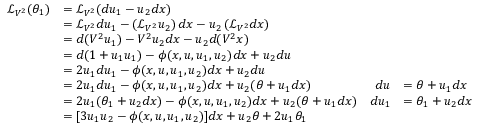
{ \begin{array} { r l r l } { { \mathcal { L } } _ { V ^ { 2 } } ( \theta _ { 1 } ) } & { = { \mathcal { L } } _ { V ^ { 2 } } ( d u _ { 1 } - u _ { 2 } d x ) } \\ & { = { \mathcal { L } } _ { V ^ { 2 } } d u _ { 1 } - \left( { \mathcal { L } } _ { V ^ { 2 } } u _ { 2 } \right) d x - u _ { 2 } \left( { \mathcal { L } } _ { V ^ { 2 } } d x \right) } \\ & { = d ( V ^ { 2 } u _ { 1 } ) - V ^ { 2 } u _ { 2 } d x - u _ { 2 } d ( V ^ { 2 } x ) } \\ & { = d ( 1 + u _ { 1 } u _ { 1 } ) - \phi ( x , u , u _ { 1 } , u _ { 2 } ) d x + u _ { 2 } d u } \\ & { = 2 u _ { 1 } d u _ { 1 } - \phi ( x , u , u _ { 1 } , u _ { 2 } ) d x + u _ { 2 } d u } \\ & { = 2 u _ { 1 } d u _ { 1 } - \phi ( x , u , u _ { 1 } , u _ { 2 } ) d x + u _ { 2 } ( \theta + u _ { 1 } d x ) } & { d u } & { = \theta + u _ { 1 } d x } \\ & { = 2 u _ { 1 } ( \theta _ { 1 } + u _ { 2 } d x ) - \phi ( x , u , u _ { 1 } , u _ { 2 } ) d x + u _ { 2 } ( \theta + u _ { 1 } d x ) } & { d u _ { 1 } } & { = \theta _ { 1 } + u _ { 2 } d x } \\ & { = [ 3 u _ { 1 } u _ { 2 } - \phi ( x , u , u _ { 1 } , u _ { 2 } ) ] d x + u _ { 2 } \theta + 2 u _ { 1 } \theta _ { 1 } } \end{array} }